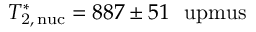
T _ { \mathrm { 2 , \, n u c } } ^ { \ast } = 8 8 7 \pm 5 1 ~ \mathrm { \ u p m u s }